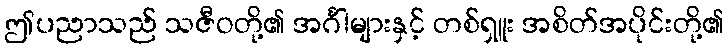
ဤပညာသည် သဇီဝတို့၏ အင်္ဂါများနှင့် တစ်ရှူး အစိတ်အပိုင်းတို့၏